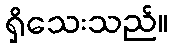
ရှိသေးသည်။